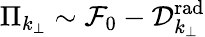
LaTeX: \Pi_{k_{\perp}}\sim{\mathcal F}_{0}-{\mathcal D}_{k_{\perp}}^{\mathrm{rad}}